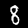
Digit: 8